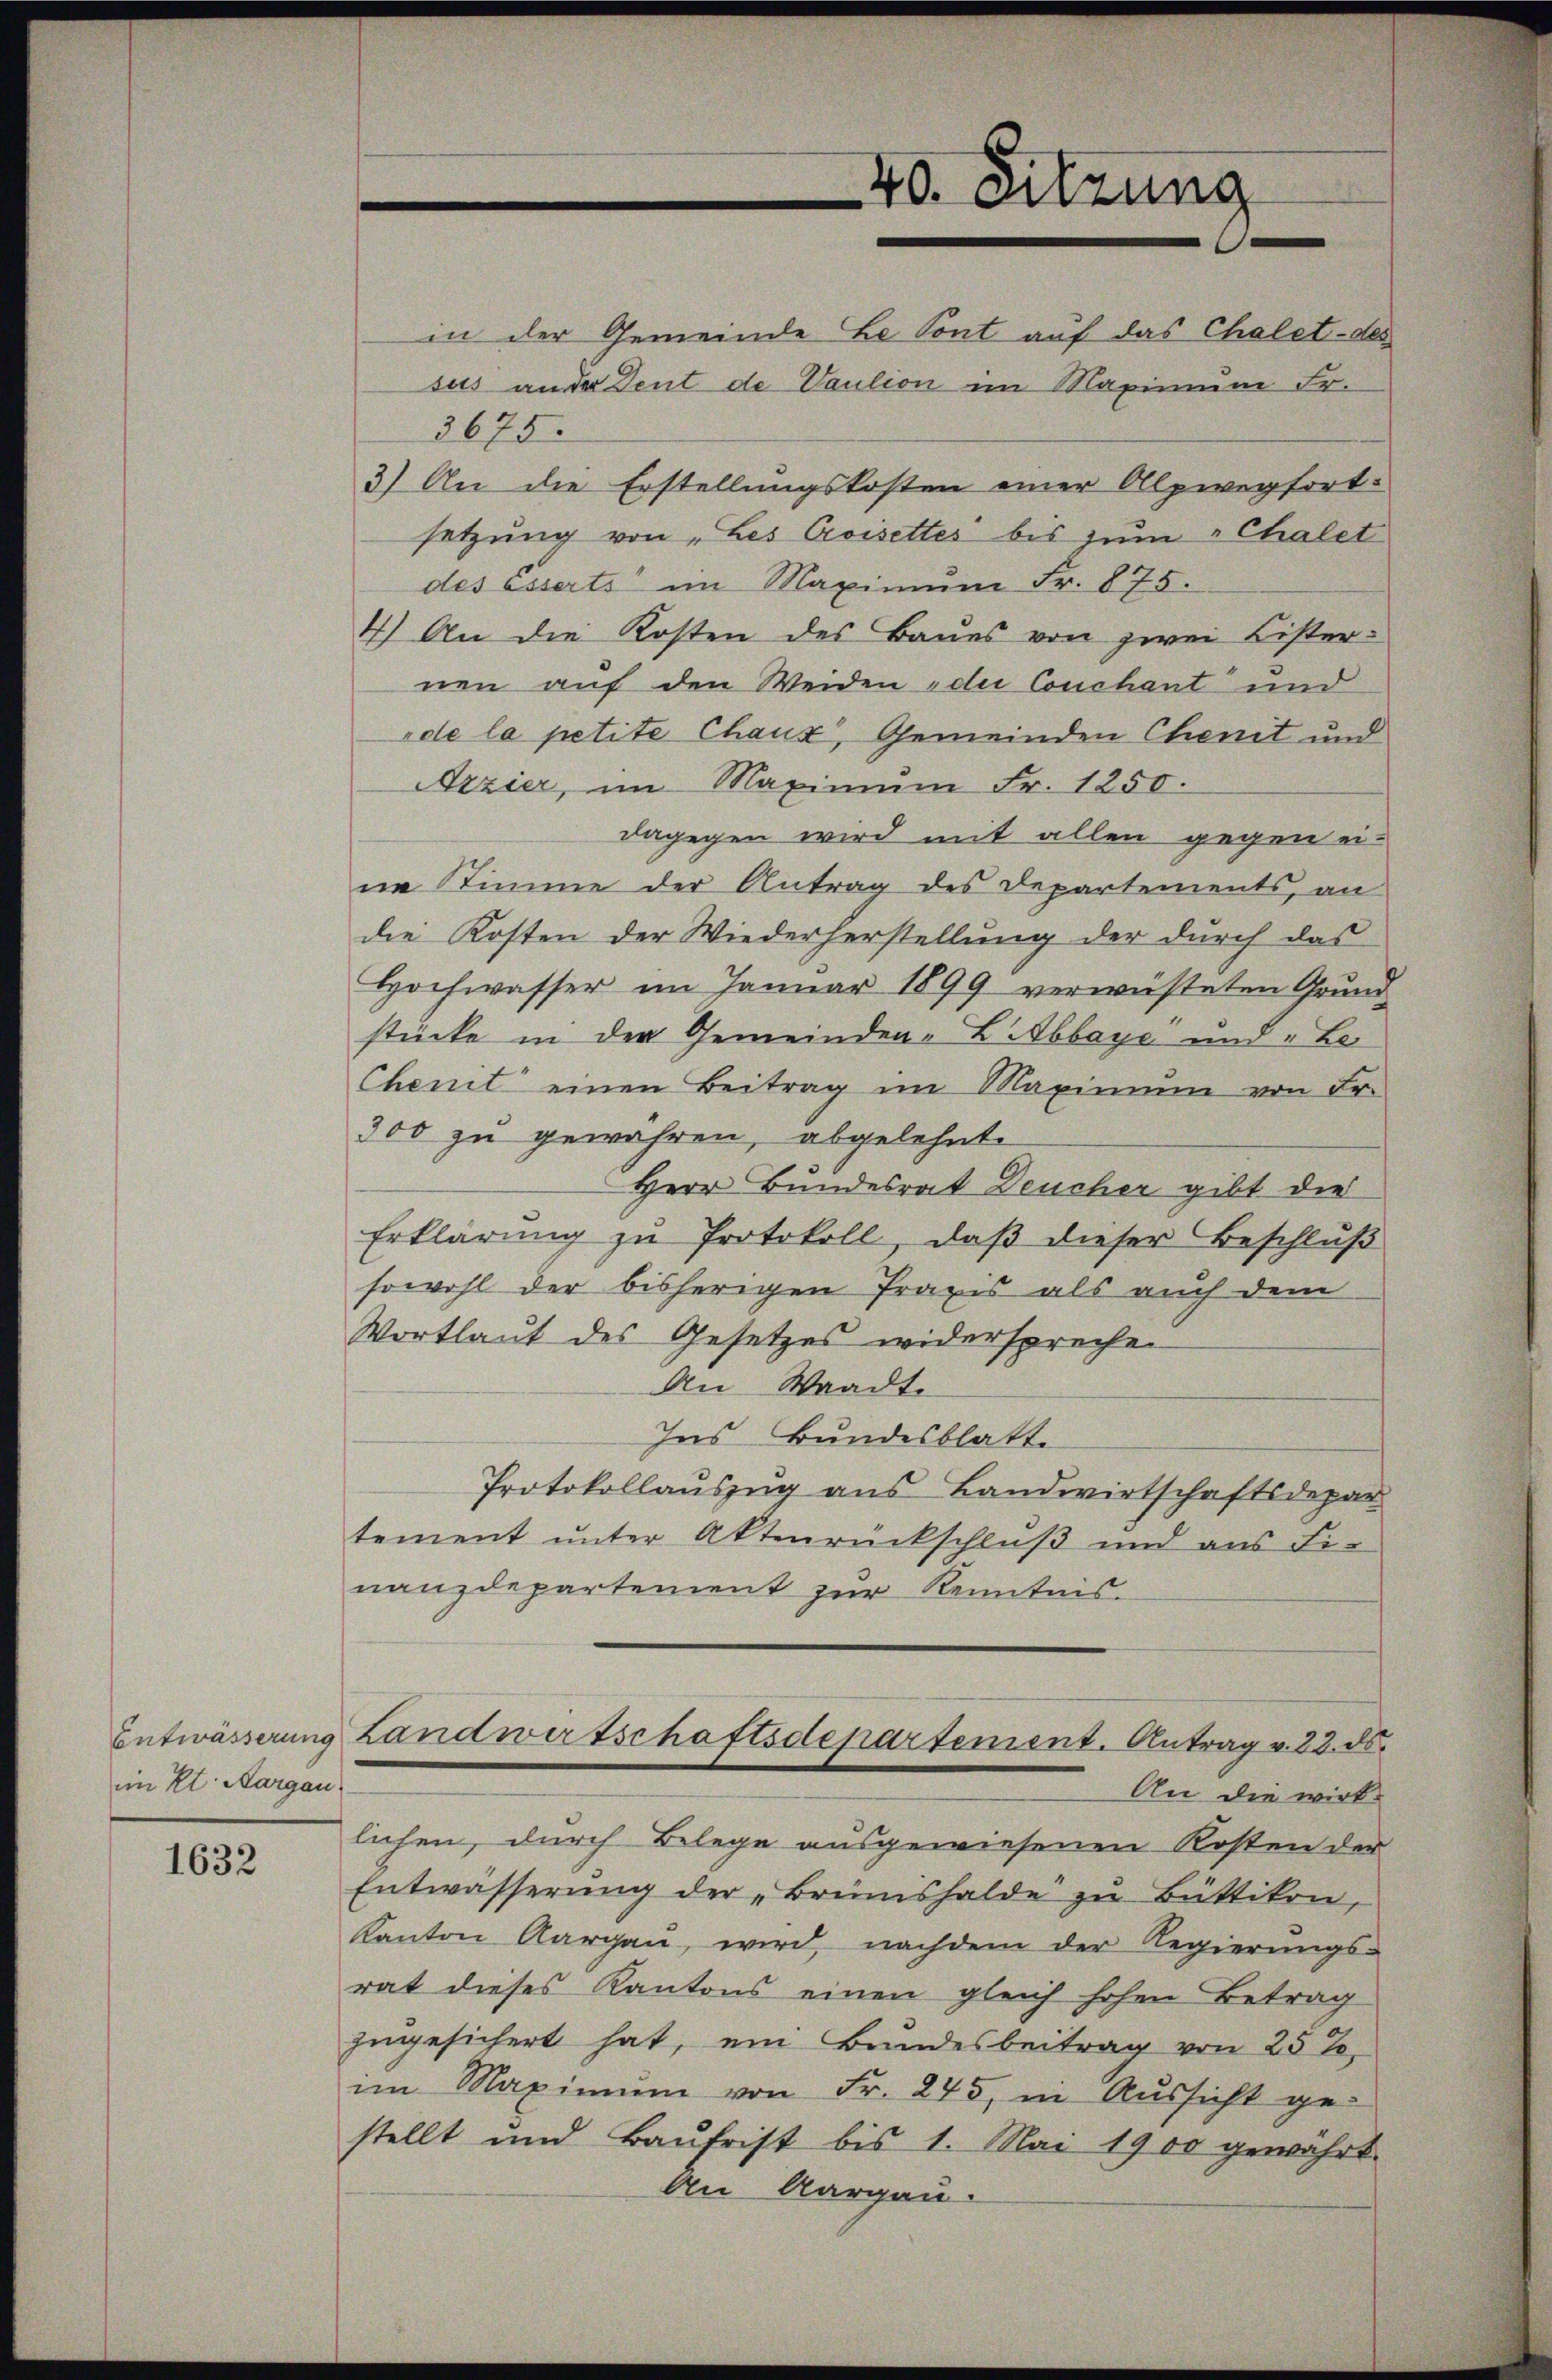
Entwässerung
im Kt. Aargau

1632

40. Sitzung
e

in der Gemeinde Be Sont auf das Chalet-des
sus ander Deut de Vaution im Maximum Fr.
3675.
3) An die Erstellungskosten einer Alpwegfortsetzung von „Les Croisettes bis zum "Chalet
des esserti im Maximum Fr. 875.
4.) An die Kosten des Baues von zwei Lister-
nen auf den Weiden die Conchant und
ode la petite Chaux, Gemeinden Chenit und
Azzier, im Maximŭm Fr. 1250.
dagegen wird mit allen gegen ei-
ne Stimme der Antrag des Departements, an
die Kosten der Wiederherstellung der durch das
Hochwasser im Januar 1899 verwüsteten Grund-
stücke in der Gemeinden-Libbaye und Be¬
Chenit einen Beitrag im Maximum von Fr.
300 zu gewähren, abgelehnt.
Herr Bundesrat Deucher gibt die
Erklärŭng zŭ Protokoll, daβ dieser Beschlŭβ
sowohl der bisherigen Praxis als auch dem
Wortlaut des Gesetzes widersprechen
An Waadt.
Ins Bundesblatt.
Protokollauszug aus Bandwirtschaftsdepar
tement unter Aktenrückschluß und aus Finanzdepartement zur Kenntnis.
Landwirtschaftsdepartement. Antrag v. 23. ds.
An die wirk-
lichen, durch Belege ausgewiesenen Kosten der
Entwässerŭng der „Brunshalde zu Büttikon,
Kanton Aargaŭ, wird, nachdem der Regierŭngs-
rat dieses Kantons einen gleich hohen Betrag
zugesichert hat, ein Bundesbeitrag von 25 T.
im Maximŭm von Fr. 245, in Aussicht ge-
stellt und Baŭfrist bis 1. Mai 1900 gewährt.
An Aargau.